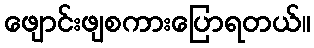
ဖျောင်းဖျစကားပြောရတယ်။